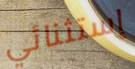
إستثنائي